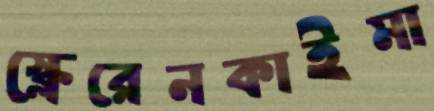
স্ক্লেরেনকাইমা